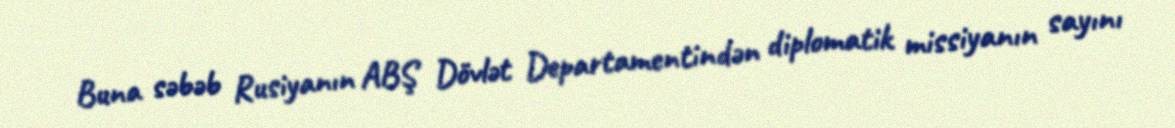
Buna səbəb Rusiyanın ABŞ Dövlət Departamentindən diplomatik missiyanın sayını